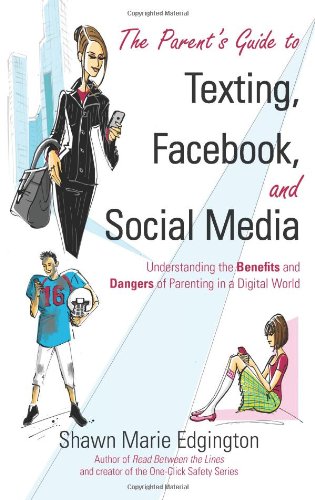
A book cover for The Parent's Guide to Texting, Facebook, and Social Media: Understanding the Benefits and Dangers of Parenting in a Digital World; Shawn Marie Edgington; Parenting & Relationships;